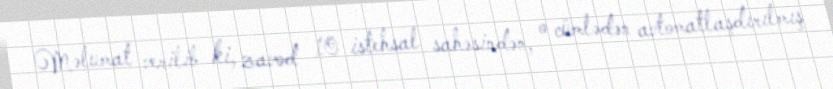
Məlumat verilib ki, zavod 10 istehsal sahəsindən, o cümlədən avtomatlaşdırılmış